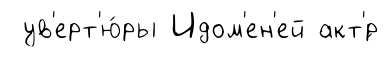
ув'ерт'ю́ры Идом'ен'ей акт'́р